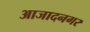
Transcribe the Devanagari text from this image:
आजादनगर